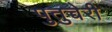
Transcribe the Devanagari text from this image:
पुतुच्चेरी